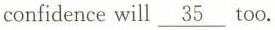
confidence will \underline{ 35} too.